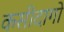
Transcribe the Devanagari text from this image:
कसीदागो